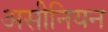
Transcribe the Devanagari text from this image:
असीनियन